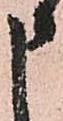
申